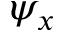
\psi _ { x }